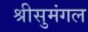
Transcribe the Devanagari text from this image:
श्रीसुमंगल